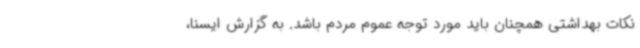
نکات بهداشتی همچنان باید مورد توجه عموم مردم باشد. به گزارش ایسنا،